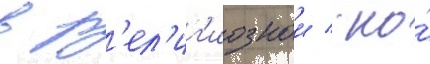
в р'ел'иг'иознои / но́